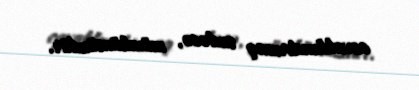
cavablandırmaq sadəcə, mümkünsüzdür.